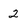
Character: 2